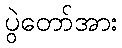
ပွဲတော်အား